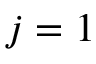
j = 1